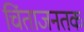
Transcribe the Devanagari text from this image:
चिंताजनतक